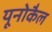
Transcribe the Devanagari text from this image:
यूनोकैल